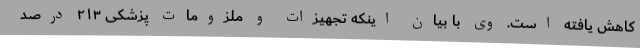
کاهش یافته است. وی با بیان اینکه تجهیزات و ملزومات پزشکی ۲۱۳ درصد